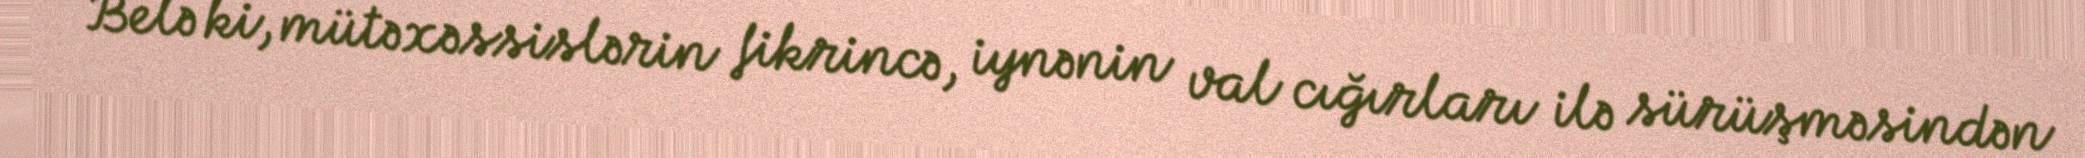
Belə ki, mütəxəssislərin fikrincə, iynənin val cığırları ilə sürüşməsindən